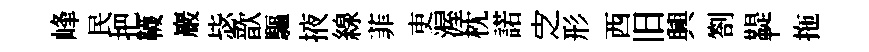
峰民把韈巖毖歆驅掖線菲吏渥枕諾㝎形西旧興劄鞮拖